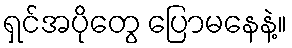
ရှင်အပိုတွေ ပြောမနေနဲ့။